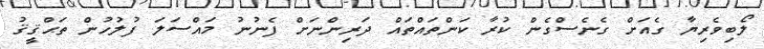
ލޯބިވެރިޔާ ގެއަށް ގެނެސްގެން ކުރާ ކަންތައްތައް ދަރިންނަށް ފެނުނު މައްސަލަ ފުލުހުން ތަޙްޤީޤު